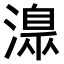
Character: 𣾄